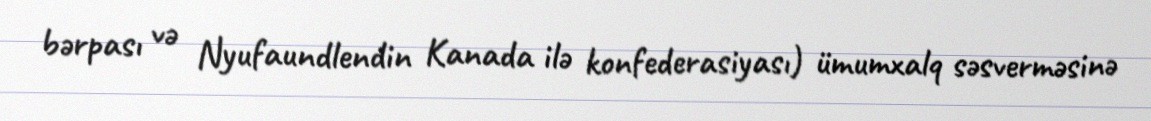
bərpası və Nyufaundlendin Kanada ilə konfederasiyası) ümumxalq səsverməsinə